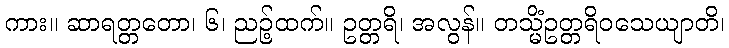
ကား။ ဆာရတ္တတော၊ ၆၊ ညဉ့်ထက်။ ဥတ္တရိ၊ အလွန်။ တသ္မိံဥတ္တရိဝသေယျာတိ၊